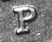
P